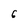
Character: 6